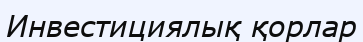
Инвестициялық қорлар